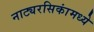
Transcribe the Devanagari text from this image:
नाट्यरसिकांमध्ये